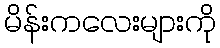
မိန်းကလေးများကို